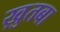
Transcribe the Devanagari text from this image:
ख़ुतबा